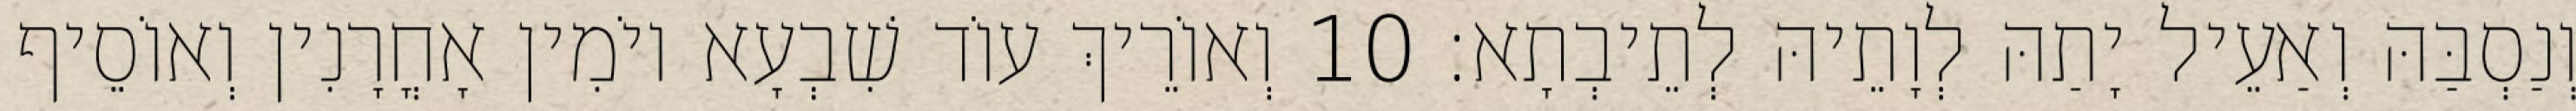
וְנַסְבַּהּ וְאַעֵיל יָתַהּ לְוָתֵיהּ לְתֵיבְתָא׃ 10 וְאוֹרֵיךְ עוֹד שִׁבְעָא יוֹמִין אָחֳרָנִין וְאוֹסֵיף